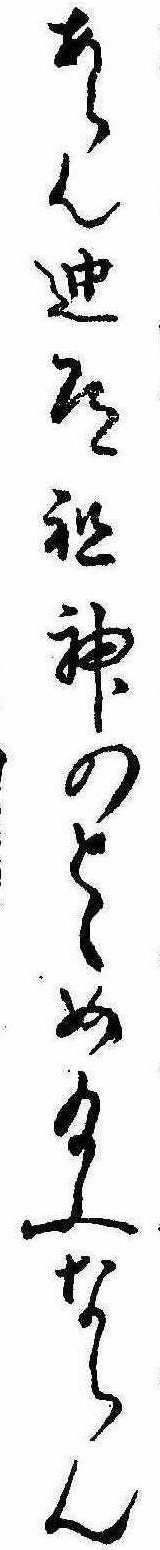
あらん迚道祖神のとゞめ給ふならん